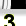
Digit: 3